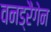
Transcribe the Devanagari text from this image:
वनड्रैगेन